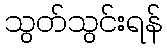
သွတ်သွင်းရန်